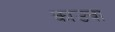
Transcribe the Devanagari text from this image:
काउवा